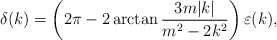
\begin{align*}\delta(k) = \left(2\pi - 2 \arctan {3m|k|\over m^2 - 2 k^2}\right)\varepsilon(k),\end{align*}